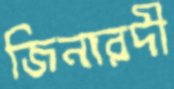
জিনারদী